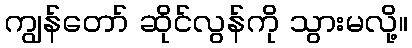
ကျွန်တော် ဆိုင်လွန်ကို သွားမလို့။